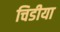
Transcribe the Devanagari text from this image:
चिडीया